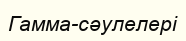
Гамма-сәулелері